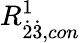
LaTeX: R_{\dot{2}\dot{3},con}^{1}